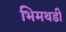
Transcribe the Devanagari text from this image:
भिमथडी